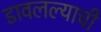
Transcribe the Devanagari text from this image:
डावलल्याची